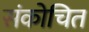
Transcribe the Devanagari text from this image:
संकोचित